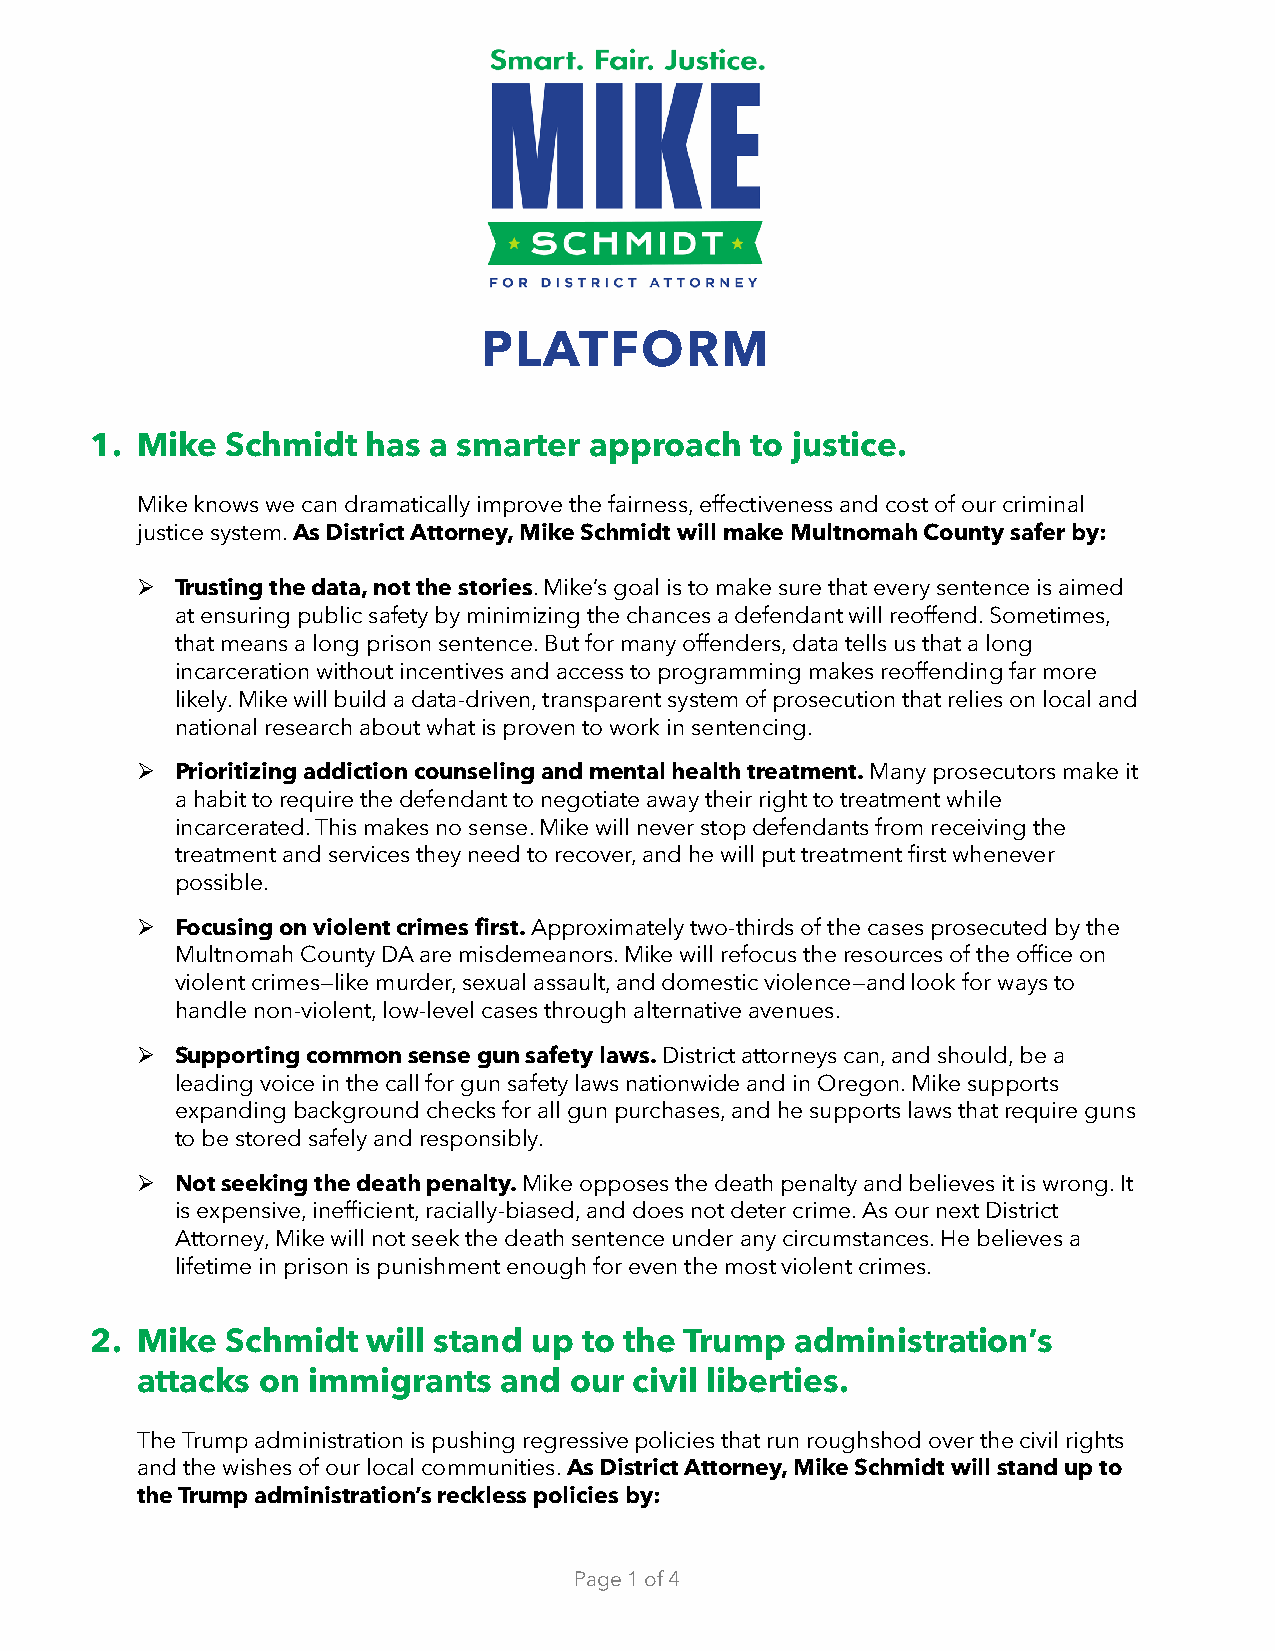
PLATFORM
 1. Mike  Schmidt  has a smarter  approach   to justice.
 Mike knows we can dramatically improve the fairness, effectiveness and cost of our criminal
 justice system. As District Attorney, Mike Schmidt will make Multnomah County safer by:
 ➢  Trusting the data, not the stories. Mike’s goal is to make sure that every sentence is aimed
 at ensuring public safety by minimizing the chances a defendant will reoffend. Sometimes,
 that means a long prison sentence. But for many offenders, data tells us that a long
 incarceration without incentives and access to programming makes reoffending far more
 likely. Mike will build a data-driven, transparent system of prosecution that relies on local and
 national research about what is proven to work in sentencing.
 ➢  Prioritizing addiction counseling and mental health treatment. Many prosecutors make it
 a habit to require the defendant to negotiate away their right to treatment while
 incarcerated. This makes no sense. Mike will never stop defendants from receiving the
 treatment and services they need to recover, and he will put treatment first whenever
 possible.
 ➢  Focusing on violent crimes first. Approximately two-thirds of the cases prosecuted by the
 Multnomah County DA are misdemeanors. Mike will refocus the resources of the office on
 violent crimes—like murder, sexual assault, and domestic violence—and look for ways to
 handle non-violent, low-level cases through alternative avenues.
 ➢  Supporting common sense gun safety laws. District attorneys can, and should, be a
 leading voice in the call for gun safety laws nationwide and in Oregon. Mike supports
 expanding background checks for all gun purchases, and he supports laws that require guns
 to be stored safely and responsibly.
 ➢  Not seeking the death penalty. Mike opposes the death penalty and believes it is wrong. It
 is expensive, inefficient, racially-biased, and does not deter crime. As our next District
 Attorney, Mike will not seek the death sentence under any circumstances. He believes a
 lifetime in prison is punishment enough for even the most violent crimes.
 2. Mike  Schmidt  will stand up  to the Trump  administration’s
 attacks on immigrants   and  our civil liberties.
 The Trump administration is pushing regressive policies that run roughshod over the civil rights
 and the wishes of our local communities. As District Attorney, Mike Schmidt will stand up to
 the Trump administration’s reckless policies by:
 Page 1 of 4